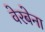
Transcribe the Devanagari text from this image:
वेरबेना